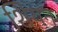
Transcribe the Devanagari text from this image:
शियन